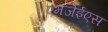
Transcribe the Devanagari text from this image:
एमजेईएस